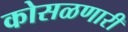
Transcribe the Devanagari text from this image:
कोसळणारी